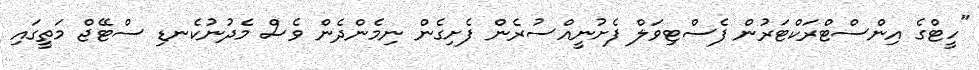
"ހީޓްގެ އިންސްޓްރަކްޓަރުން ފެސްޓިވަލް ފެށުނީއްސުރެން ފެށިގެން ނިމެންދެން ވެސް މެދުނުކެނޑި ސްޓޭޖް މަތީގައި